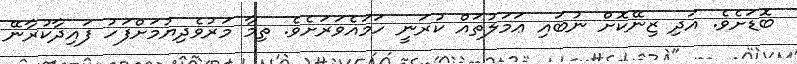
ބޮޑަށެވެ. އަދި ޒިނޭކޮށް ނުބައި ޢަމަލުތައް ކުރަނީ ހަމައެވަރަށެވެ. ތިމާ މަރުވެދިޔުމަށްފަހު ފައިދާކުރާނޭ